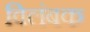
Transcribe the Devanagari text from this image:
विलंबक